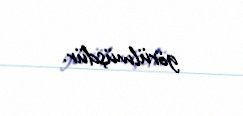
görülmüşdür.